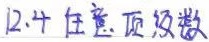
12.4 任意项级数